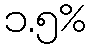
၁.၅%